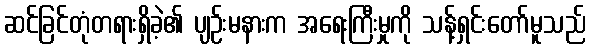
ဆင်ခြင်တုံတရားရှိခဲ့၏ ပျဉ်းမနားက အရေးကြီးမှုကို သန့်ရှင်းတော်မူသည်